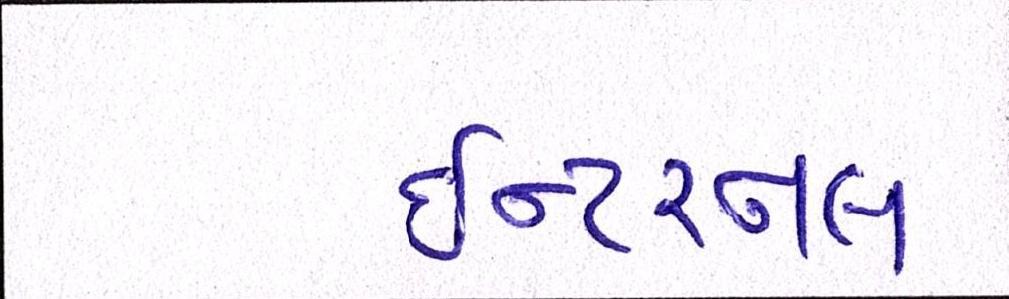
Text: ઇન્ટરનલ